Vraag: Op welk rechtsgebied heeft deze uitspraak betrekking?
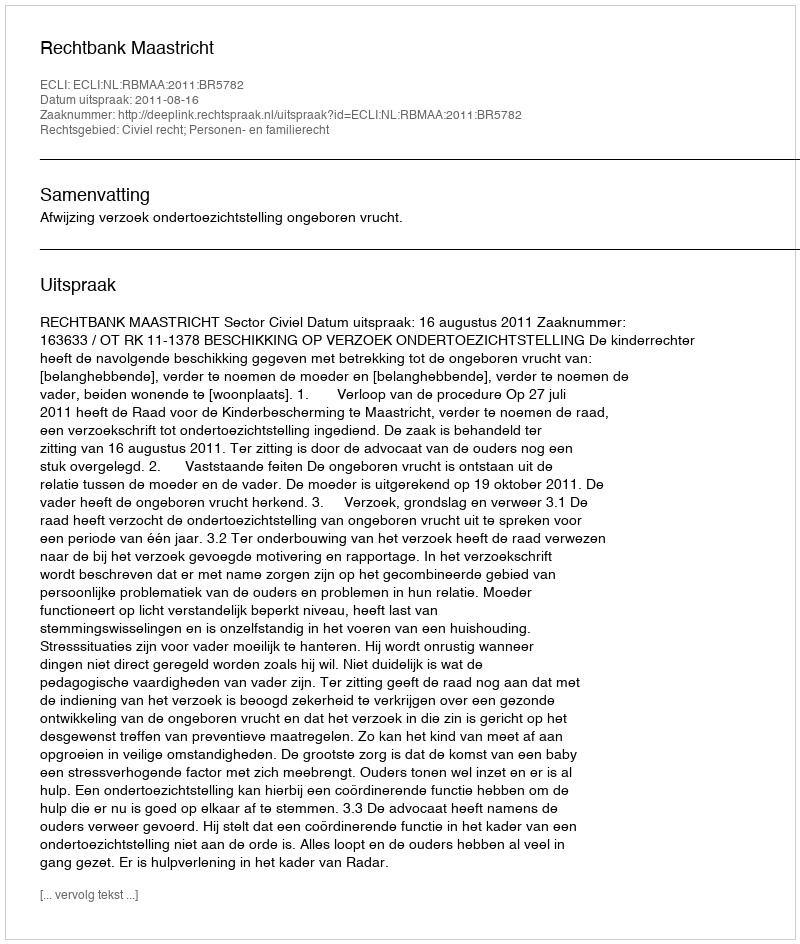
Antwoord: Civiel recht; Personen- en familierecht